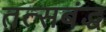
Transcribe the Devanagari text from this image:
तत्सबंद्ध